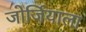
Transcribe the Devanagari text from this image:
जोर्जियाला